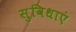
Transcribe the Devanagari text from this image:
सुविधाएं